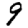
Digit: 9